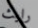
رايث